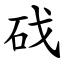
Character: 䂝